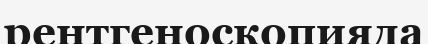
рентгеноскопияда